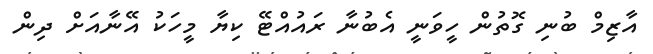
އާޒިމް ބުނި ގޮތުން ހީވަނީ އެބުނާ ރައުއްޓޭ ކިޔާ މީހަކު އޭނާއަށް ދިން